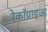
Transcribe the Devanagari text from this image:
रेकॉग्नाइज्ड